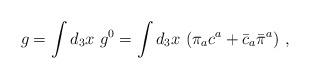
LaTeX: \begin{align*}g = \int d_{3} x ~g^{0} = \int d_{3} x~ (\pi_{a} c^{a} +\bar{c}_{a} \bar{\pi}^{a})~,\end{align*}